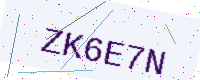
Text: ZK6E7N